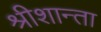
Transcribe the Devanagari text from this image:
श्रीशान्ता